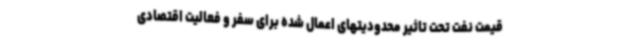
قیمت نفت تحت تاثیر محدودیتهای اعمال شده برای سفر و فعالیت اقتصادی